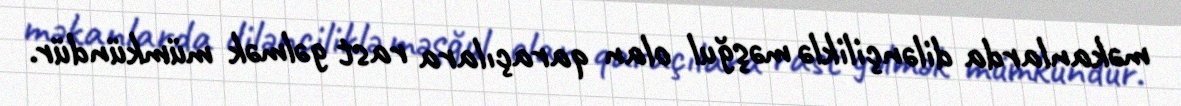
məkanlarda dilənçiliklə məşğul olan qaraçılara rast gəlmək mümkündür.